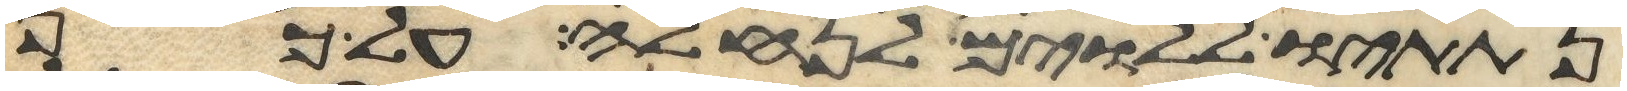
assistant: נתתיו ללוים לנחלה על כן